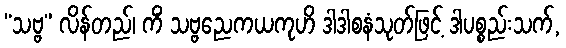
“သဗ္ဗ” လိန်တည်၊ ကိံ သဗ္ဗညေကယကုဟိ ဒါဒါစနံသုတ်ဖြင့် ဒါပစ္စည်းသက်,